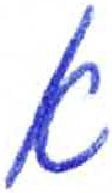
אות: א